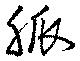
脈